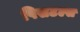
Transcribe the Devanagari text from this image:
पिसटल्स